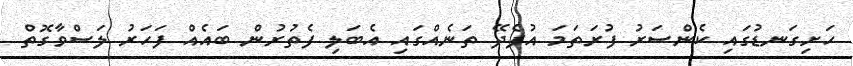
ހަށިގަނޑުގައި ކެންސަރު ފުރަތަމަ އުފެދޭ ތަނެއްގައި އެބަލި ފެތުރުން ބައެއް ފަހަރު ލަސްވާގޮތް